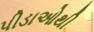
પીડાઓથી